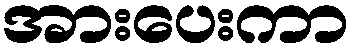
အားပေးကာ